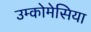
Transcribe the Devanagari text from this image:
उम्कोमेसिया